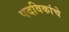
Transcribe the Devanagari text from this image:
पदविकांचे